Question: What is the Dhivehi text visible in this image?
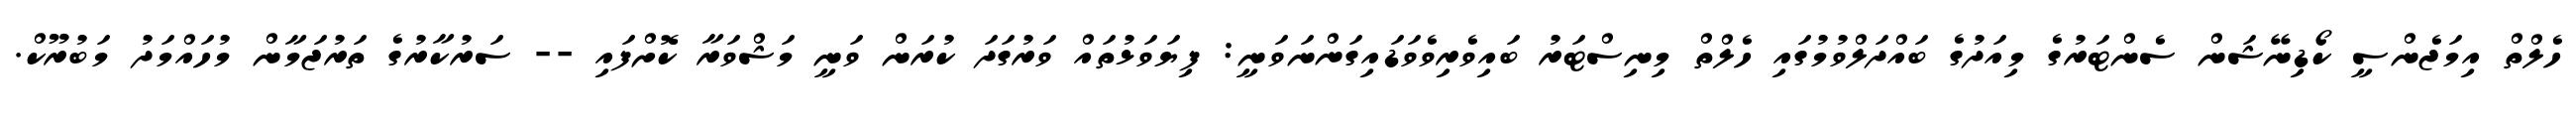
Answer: ހެލްތް އިމަޖެންސީ ކޯޑިނޭޝަން ސެންޓަރުގެ މިއަދުގެ ބައްދަލްވުމުގައި ހެލްތް މިނިސްޓަރު ބައިވެރިވެވަޑައިގަންނަވަނީ: ފިޔަވަޅުތައް ވަރުގަދަ ކުރަން ވަނީ މަޝްވަރާ ކޮށްފައި -- ސަރުކާރުގެ ތަރުޖަމާން މުހައްމަދު މަބުރޫކް.